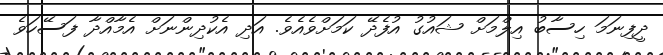
ދީފިނަމަ ހިސާބު އިލްމަށް ޝައުގު އުފެދޭ ކަމަށްވެއެވެ. އަދި އެކުދިންނަށް އެމާއްދާ ފަސޭހަވެ